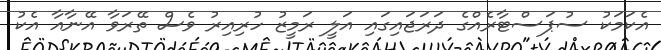
އެކަމަކު ސުޕަސްޓާރެއްގެ ދަރަޖައިގައި އަލީ ރަމީޒު ހުރިއިރު ވެސް ތޭރަވާ އޭނާއާ އެކު